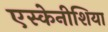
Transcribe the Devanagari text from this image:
एस्केनीशिया